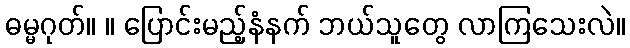
ဓမ္မဂုတ်။ ။ ပြောင်းမည့်နံနက် ဘယ်သူတွေ လာကြသေးလဲ။